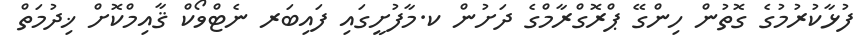
ފުޅާކުރުމުގެ ގޮތުން ހިންގޭ ޕްރޮގްރާމްގެ ދަށުން ކ.މާފުށީގައި ފައިބަރ ނެޓްވޯކް ޤާއިމްކޮށް ޚިދުމަތް